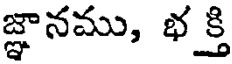
జ్ఞానము, భక్తి